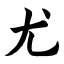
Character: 尤